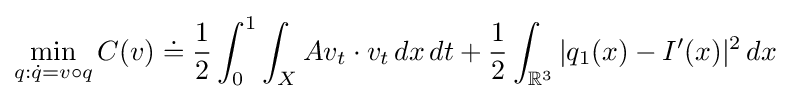
\min _{q:{\dot {q}}=v\circ q}C(v)\doteq {\frac {1}{2}}\int _{0}^{1}\int _{X}Av_{t}\cdot v_{t}\,dx\,dt+{\frac {1}{2}}\int _{{\mathbb {R} }^{3}}|q_{1}(x)-I^{\prime }(x)|^{2}\,dx